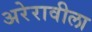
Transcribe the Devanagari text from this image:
अरेरावीला